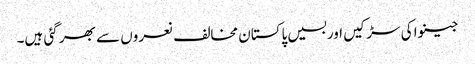
جینوا کی سڑکیں اوربسیں پاکستان مخالف نعروں سے بھر گئی ہیں۔